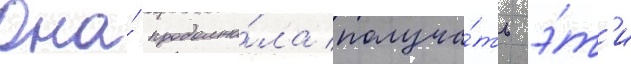
Она́ продолжа́ла получа́ть э́т'и